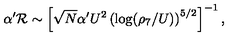
\alpha ^ { \prime } { \cal { R } } \sim \left[ \sqrt { N } \alpha ^ { \prime } U ^ { 2 } \left( \log ( \rho _ { 7 } / U ) \right) ^ { 5 / 2 } \right] ^ { - 1 } ,